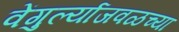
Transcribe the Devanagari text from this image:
वेंगुर्ल्याजवळच्या